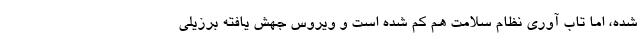
شده، اما تاب آوری نظام سلامت هم کم شده است و ویروس جهش یافته برزیلی